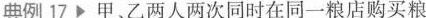
典例17 甲、乙两人两次同时在同一粮店购买粮